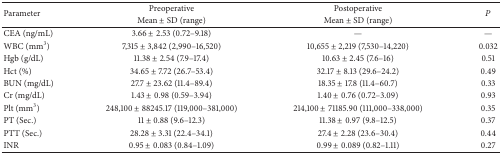
<table><thead><tr><td rowspan="2"><b>Parameter</b></td><td><b>Preoperative</b></td><td><b>Postoperative</b></td><td rowspan="2"><b><i>P</i></b></td></tr><tr><td><b>Mean ± SD (range)</b></td><td><b>Mean ± SD (range)</b></td></tr></thead><tbody><tr><td>CEA (ng/mL)</td><td>3.66 ± 2.53 (0.72–9.18)</td><td>—</td><td>—</td></tr><tr><td>WBC (mm<sup>3</sup>)</td><td>7,315 ± 3,842 (2,990–16,520)</td><td>10,655 ± 2,219 (7,530–14,220)</td><td>0.032</td></tr><tr><td>Hgb (g/dL)</td><td>11.38 ± 2.54 (7.9–17.4)</td><td>10.63 ± 2.45 (7.6–16)</td><td>0.51</td></tr><tr><td>Hct (%)</td><td>34.65 ± 7.72 (26.7–53.4)</td><td>32.17 ± 8.13 (29.6–24.2)</td><td>0.49</td></tr><tr><td>BUN (mg/dL)</td><td>27.7 ± 23.62 (11.4–89.4)</td><td>18.35 ± 17.8 (11.4–60.7)</td><td>0.33</td></tr><tr><td>Cr (mg/dL)</td><td>1.43 ± 0.98 (0.59–3.94)</td><td>1.40 ± 0.76 (0.72–3.09)</td><td>0.93</td></tr><tr><td>Plt (mm<sup>3</sup>)</td><td>248,100 ± 88245.17 (119,000–381,000)</td><td>214,100 ± 71185.90 (111,000–338,000)</td><td>0.35</td></tr><tr><td>PT (Sec.)</td><td>11 ± 0.88 (9.6–12.3)</td><td>11.38 ± 0.97 (9.8–12.5)</td><td>0.37</td></tr><tr><td>PTT (Sec.)</td><td>28.28 ± 3.31 (22.4–34.1)</td><td>27.4 ± 2.28 (23.6–30.4)</td><td>0.44</td></tr><tr><td>INR</td><td>0.95 ± 0.083 (0.84–1.09)</td><td>0.99 ± 0.089 (0.82–1.11)</td><td>0.27</td></tr></tbody></table>